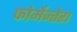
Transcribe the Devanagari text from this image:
फोर्मेन्तेरा